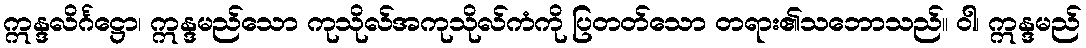
ဣန္ဒလိင်္ဂဋ္ဌော၊ ဣန္ဒမည်သော ကုသိုလ်အကုသိုလ်ကံကို ပြတတ်သော တရား၏သဘောသည်။ ဝါ၊ ဣန္ဒမည်